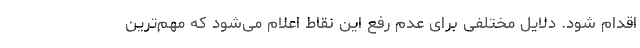
اقدام شود. دلایل مختلفی برای عدم رفع این نقاط اعلام می‌شود که مهم‌ترین